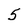
Character: 5